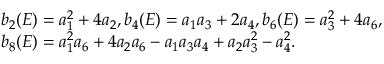
\begin{array} { r l } & { b _ { 2 } ( E ) = a _ { 1 } ^ { 2 } + 4 a _ { 2 } , b _ { 4 } ( E ) = a _ { 1 } a _ { 3 } + 2 a _ { 4 } , b _ { 6 } ( E ) = a _ { 3 } ^ { 2 } + 4 a _ { 6 } , } \\ & { b _ { 8 } ( E ) = a _ { 1 } ^ { 2 } a _ { 6 } + 4 a _ { 2 } a _ { 6 } - a _ { 1 } a _ { 3 } a _ { 4 } + a _ { 2 } a _ { 3 } ^ { 2 } - a _ { 4 } ^ { 2 } . } \end{array}